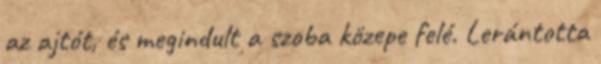
az ajtót, és megindult a szoba közepe felé. Lerántotta